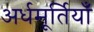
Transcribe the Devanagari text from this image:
अर्धमूर्तियाँ